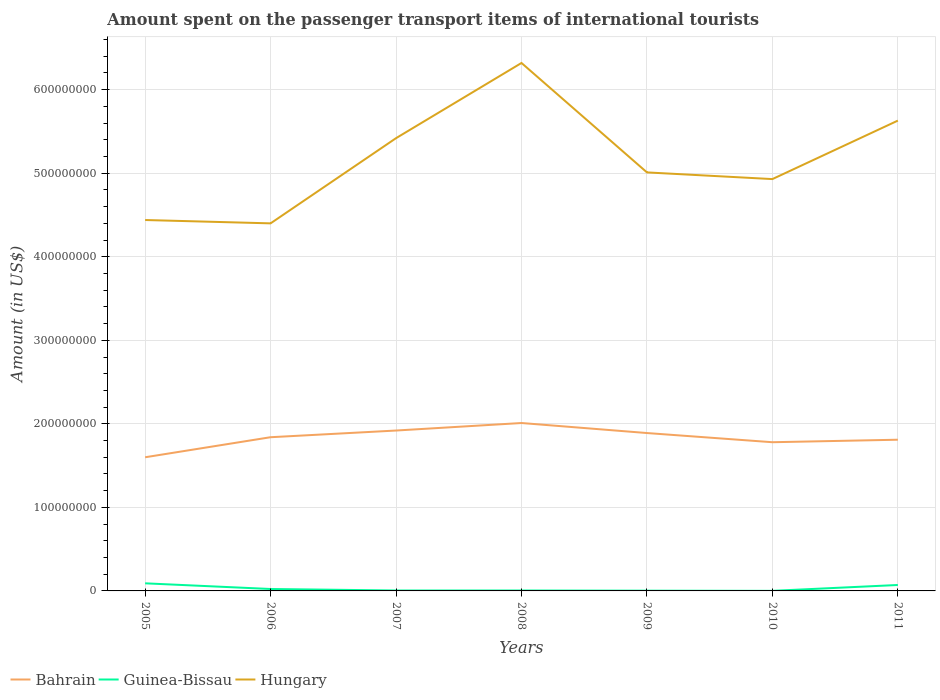
| Years | Bahrain | Guinea-Bissau | Hungary |
 | --- | --- | --- | --- |
 | 2005 | 1.6e+08 | 9.1e+06 | 4.44e+08 |
 | 2006 | 1.84e+08 | 2.3e+06 | 4.4e+08 |
 | 2007 | 1.92e+08 | 5e+05 | 5.42e+08 |
 | 2008 | 2.01e+08 | 5e+05 | 6.32e+08 |
 | 2009 | 1.89e+08 | 3e+05 | 5.01e+08 |
 | 2010 | 1.78e+08 | 1e+05 | 4.93e+08 |
 | 2011 | 1.81e+08 | 7.1e+06 | 5.63e+08 |